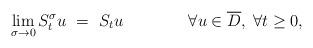
LaTeX: \begin{align*}\lim_{\sigma\to 0} S^{\sigma}_t u ~=~S_t u\qquad\qquad\forall u\in \overline D,\; \forall t\ge 0,\end{align*}